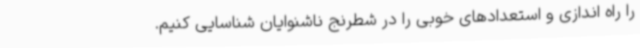
را راه اندازی و استعدادهای خوبی را در شطرنج ناشنوایان شناسایی کنیم.